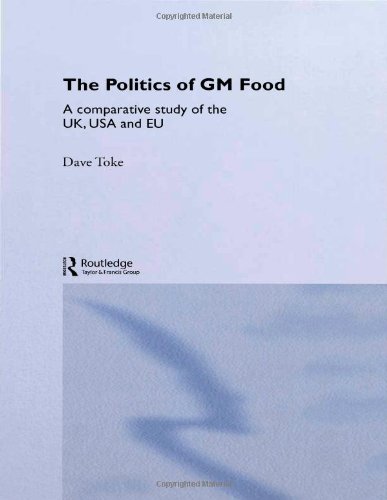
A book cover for The Politics of GM Food: A Comparative Study of the UK, USA and EU (Environmental Politics); Dave Toke; Health, Fitness & Dieting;